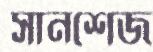
সানশেজ